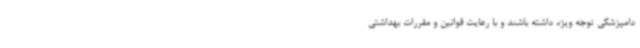
دامپزشکی توجه ویژه داشته باشند و با رعایت قوانین و مقررات بهداشتی